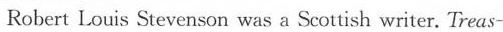
Robert Louis Stevenson was a Scottish writer. Treas-